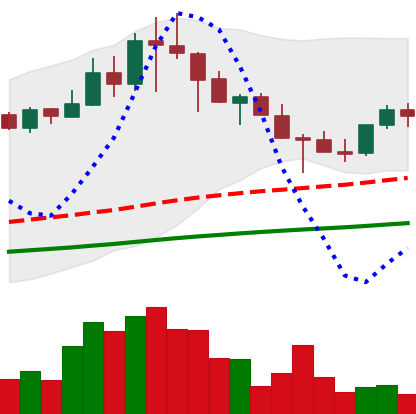
Ticker: TRX-USD
Chart end date: 2021-04-28
Forward return: 7.279%
Label: up_7plus